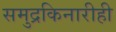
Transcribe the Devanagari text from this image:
समुद्रकिनारीही